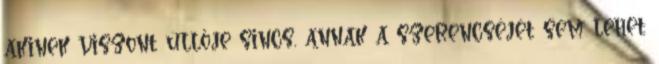
akinek viszont üllője sincs, annak a szerencséjét sem lehet